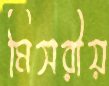
মিসরীয়